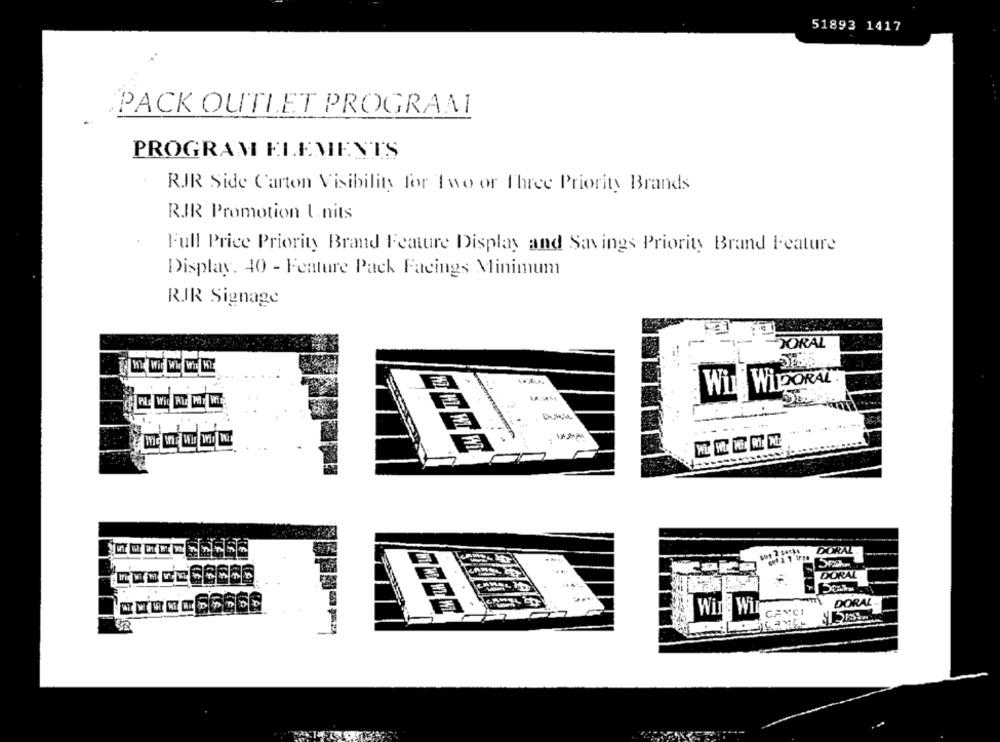
51893 1417
PACK OUTLET PROGRAMI
PROGRAM ELEMENTS
RIR Side Carton Visibility for Two or Three Priority Brands
RIR Promotion Units
Full Price Priority Brand Feature Display and Savings Priority Brand Feature
Display. 40 - Feature Pack Facings Minimum
RJR Signage
DORAL
Will WiPORAL.
DORAL
Wine Wir
DORAL-
-2
CANCI
ILANES